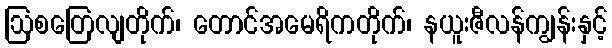
ဩစတြေလျတိုက်၊ တောင်အမေရိကတိုက်၊ နယူးဇီလန်ကျွန်းနှင့်